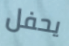
يحفل